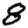
Digit: 8